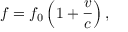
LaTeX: f = f _ { 0 } \left( 1 + { \frac { v } { c } } \right) ,